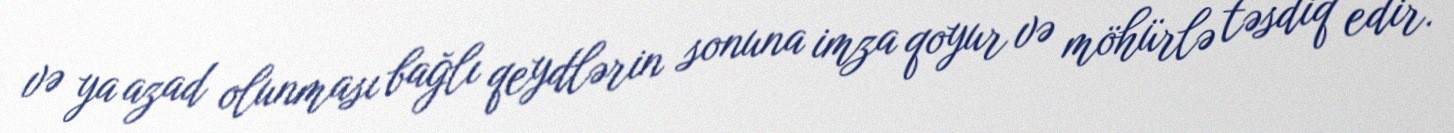
və ya azad olunması bağlı qeydlərin sonuna imza qoyur və möhürlə təsdiq edir.